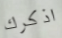
اذكرك